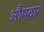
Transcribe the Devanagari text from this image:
औपदार